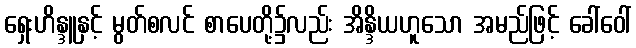
ရှေးဟိန္ဒူနှင့် မွတ်စလင် စာပေတို့၌လည်း အိန္ဒိယဟူသော အမည်ဖြင့် ခေါ်ဝေါ်